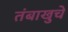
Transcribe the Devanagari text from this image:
तंबाखुचे